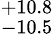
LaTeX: ^{+10.8}_{-10.5}